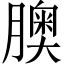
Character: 䐿